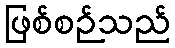
ဖြစ်စဉ်သည်